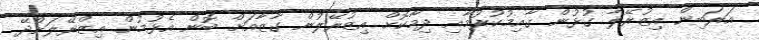
އަރަބިން އިޒުރޭލާ ގުޅުން ގާއިމުކުރުމާއި ދިމާކޮށް އިޒުރޭލުން ގާޒާއަށް ބޮން އެޅުމުން އިޒްރޭލަށްދޭ